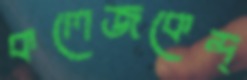
কলেজকেন্দ্